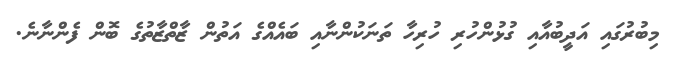
މިބުރުގައި އަދީބުއާއި ގުޅުންހުރި ހުރިހާ ތަނަކުންނާއި ބައެއްގެ އަތުން ޒާތްޒާތުގެ ބޮން ފެންނާނެ.